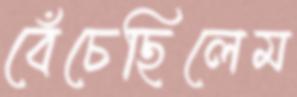
বেঁচেছিলেম